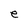
Character: e